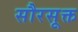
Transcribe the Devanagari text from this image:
सौरसूक्त